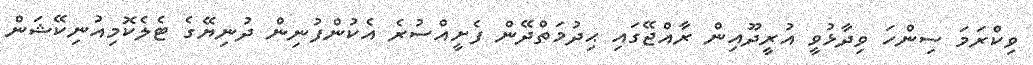
ވިކްރަމަ ސިންހަ ވިދާޅުވީ އުރީދޫއިން ރާއްޖޭގައި ޙިދުމަތްދޭން ފެށީއްސުރެ އެކުންފުނިން ދުނިޔޭގެ ޓެލެކޮމިއުނިކޭޝަން